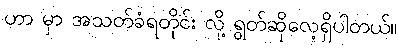
ဟာ မှာ အသတ်ခံရတိုင်း လို့ ရွတ်ဆိုလေ့ရှိပါတယ်။